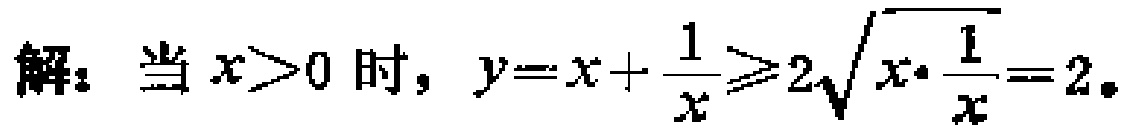
解：当 \(x > 0\) 时，\(y = x+\frac{1}{x}\geqslant 2\sqrt{x\cdot\frac{1}{x}} = 2\)。